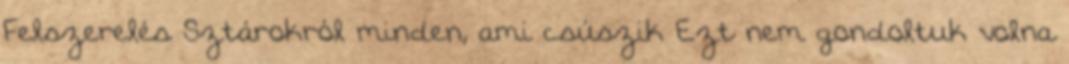
Felszerelés Sztárokról minden, ami csúszik Ezt nem gondoltuk volna